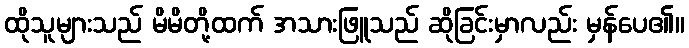
ထိုသူများသည် မိမိတို့ထက် အသားဖြူသည် ဆိုခြင်းမှာလည်း မှန်ပေ၏။